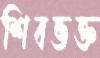
শিবভক্ত